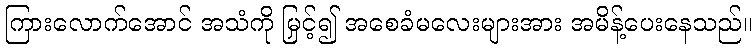
ကြားလောက်အောင် အသံကို မြှင့်၍ အစေခံမလေးများအား အမိန့်ပေးနေသည်။